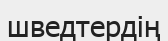
шведтердің